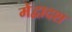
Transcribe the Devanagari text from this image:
मेंद्वादश